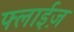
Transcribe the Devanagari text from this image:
फ्लाईज़